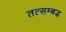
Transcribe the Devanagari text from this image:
तत्सम्बद्ध